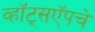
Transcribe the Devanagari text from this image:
व्हॉट्सऍपचे